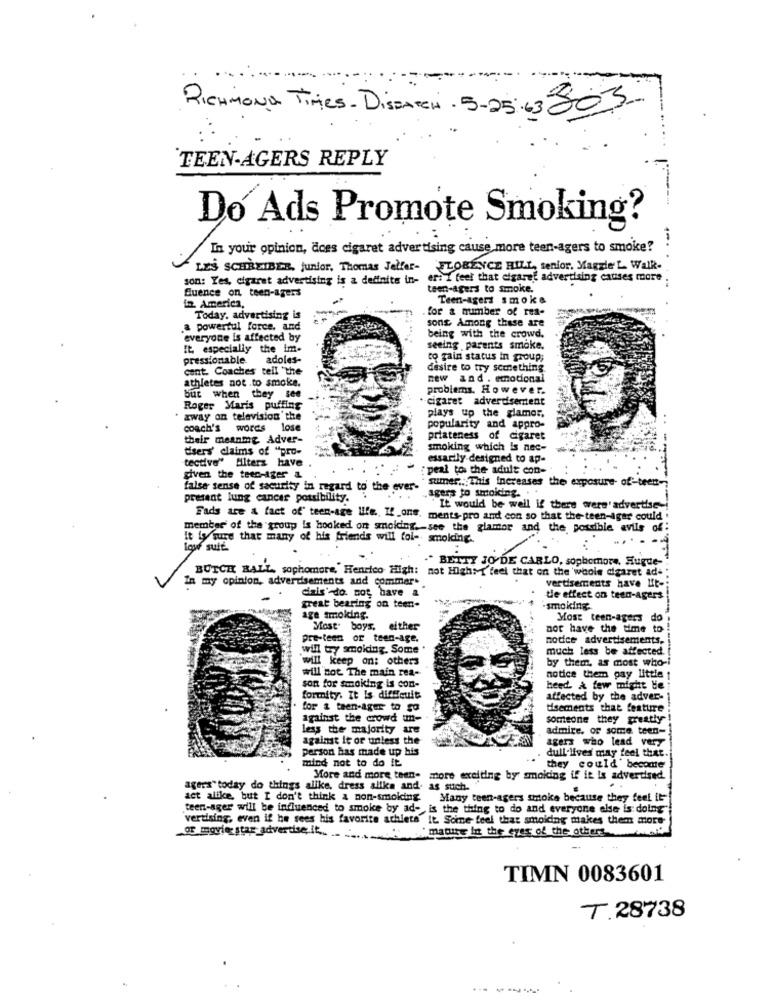
RICHMOND Times - DisPATCH - 5-25:63 80-3.
TEEN-AGERS REPLY
Do Ads Promote Smoking?
In your opinion, does cigaret advertising cause more teen-agers to smoke?
LES SCHREIBER, junior, Thomas Jelfar- FLORENCE HILL, senior. Magzie'L Walk-
son: Yes, cigaret advertising is a definite in- eri i feel that cigaret advertising causes more
Quence on teen-agers
teen-agers to smoke.
Teen-agers smoke
12. America,
for a number of res-
Today, advertising is
sont Among these are
a powerful force, and
being with the crowd.
everyone is affected by
It, especially the im-
seeing parents smoke.
pressiontable.
adoles-
to gain status in group;
cant. Coaches tell the
desire to try semnething
athletes not .to smoke.
new and . emotional
problems. However.
but when they se
· cigaret advertisement
Roger Maris puffing
plays up the glamor.
away on television' the
coach's words lose
popularity and appro-
their meanmg Adver-
priateness of cigaret
-
dsers' claims of "pro-
smoking which is nec-
tective" filters have
essarily-designed to ap-
peal to the adult con-
given the teen-ager &
sumer .. This Increases the exposure- of'-teen -;
false sense of security in regard to the ever-
agers to smoicing.
present lung cancer possibility.
Fads are & fact of' teen-age life. If_one.
It would be well if there were'advertise-
ments-pro and con so that the-teen-ager could .
member of the group is hooked on smoicing. - see the glamor and the possible avils of:
It ly sure that many of his friends will fol- smoking ..
lque sulf.
" BETTY JO'DE CARLO, sophomore, Hugde-"
BUTCH BALL, sophomore, Henrico High: not Highs T feel that on the whole cigaret ade ;
In my opinion, adverdsements and commer*
diais' do. not have a
vertisements have it-
tie effect on teen-agers
great bearing on teen-
-smoking-
age smoking.
Most teen-agers do
Most. boys,
either
not have the time to
pre-teen or teen-age.
notice advertisements,
will try smoking. Some
much less be affected.
will keep on: others
by them. as most who-i
will not The main rea-
notice them gay little !
son for smoking is con-
heed. A few might be :
formity. It is difficult
affected by the adver- 1
for & teen-ager to go
tisements that feature
against the crowd un-
someone they greatly
less the majority are
admire. or some teen-
against it or unless the
agers who lead very
person has made up his
dull'lives may feel that
mind not to do it
..
they could' become
More and more teen- more exciting by smoking if it is advertised.
agers" today do things alike, dress allks and. as such.
act alike, but I don't think a non-smoking Many teen-agers smoke because they feel it"
teen-ager will be influenced to smoke by ad- is the thing to do and everyone else is doing"
verdising, even if he sees his favorite athleta It Some feel that smoiding makes them more
or movie star advertise.it .. ....
matite in the eyes of the others
TIMN 0083601
T. 28738